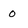
Character: o